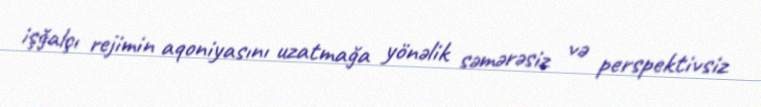
işğalçı rejimin aqoniyasını uzatmağa yönəlik səmərəsiz və perspektivsiz